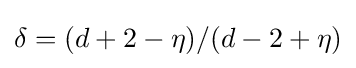
\delta =(d+2-\eta )/(d-2+\eta )